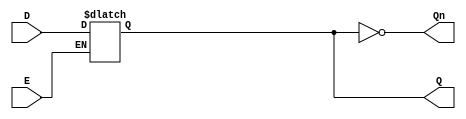
module GatedDLatch (
    input wire D,      // Data input
    input wire E,      // Enable input
    output wire Q,     // Output
    output wire Qn     // Complement of Q
);

// Internal storage for the latch
reg Q_reg;

// Assign Q to the internal storage
assign Q = Q_reg;
// Assign Qn as the complement of Q
assign Qn = ~Q_reg;

// Process for the Gated D Latch
always @(*) begin
    if (E) begin
        // When enable is high, Q follows D
        Q_reg = D;
    end
    // When enable is low, Q holds its previous value
end

endmodule